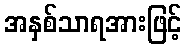
အနှစ်သာရအားဖြင့်